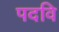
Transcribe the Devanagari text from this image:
पदवि